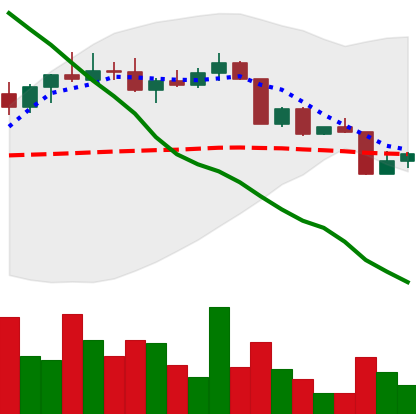
Ticker: ADA-USD
Chart end date: 2022-04-13
Forward return: -3.895%
Label: down_3_5